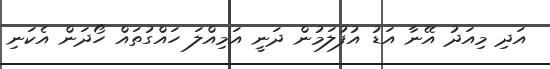
އަދި މިއަދު އޭނާ އަޑު އުފުލަމުން ދަނީ އަމިއްލަ ހައްގުތައް ހޯދަން އެކަނި